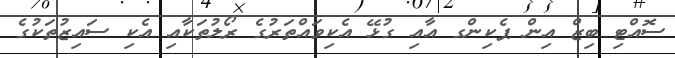
ސޮއްޓި ބިޒް އިން ޕެކިންގ އާއި ގުޅޭ އެކިވައްތަރުގެ ރޯލުތަކާއި އެކި ސައިޒުތަކުގެ